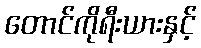
တောင်ကိုရီးယားနှင့်